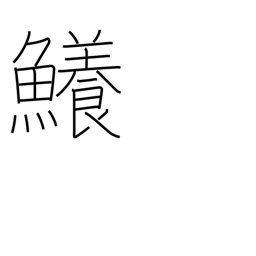
Meaning: shark